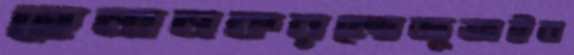
হেনানকরলোজুতাইব